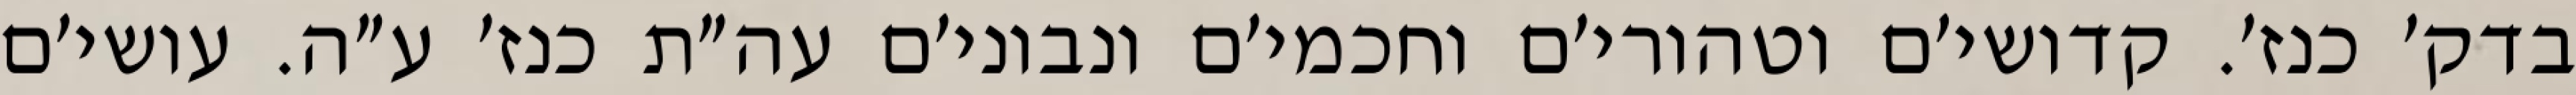
בדק׳ כנז׳. קדושי׳ם וטהורי׳ם וחכמי׳ם ונבוני׳ם עה״ת כנז׳ ע״ה. עושי׳ם